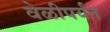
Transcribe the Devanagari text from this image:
वेळीपर्यंत